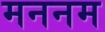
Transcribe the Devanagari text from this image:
मननम